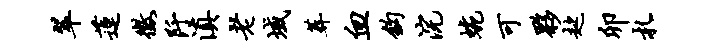
翠莲征阡滇老域葬血钩浣蜿可夥趑卯札